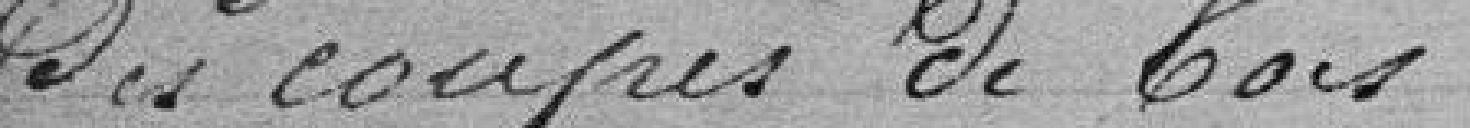
des coupes de bois.